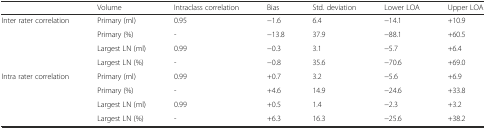
<table><thead><tr><td></td><td><b>Volume</b></td><td><b>Intraclass correlation</b></td><td><b>Bias</b></td><td><b>Std. deviation</b></td><td><b>Lower LOA</b></td><td><b>Upper LOA</b></td></tr></thead><tbody><tr><td rowspan="4">Inter rater correlation</td><td>Primary (ml)</td><td>0.95</td><td>−1.6</td><td>6.4</td><td>−14.1</td><td>+10.9</td></tr><tr><td>Primary (%)</td><td>-</td><td>−13.8</td><td>37.9</td><td>−88.1</td><td>+60.5</td></tr><tr><td>Largest LN (ml)</td><td>0.99</td><td>−0.3</td><td>3.1</td><td>−5.7</td><td>+6.4</td></tr><tr><td>Largest LN (%)</td><td>-</td><td>−0.8</td><td>35.6</td><td>−70.6</td><td>+69.0</td></tr><tr><td rowspan="4">Intra rater correlation</td><td>Primary (ml)</td><td>0.99</td><td>+0.7</td><td>3.2</td><td>−5.6</td><td>+6.9</td></tr><tr><td>Primary (%)</td><td>-</td><td>+4.6</td><td>14.9</td><td>−24.6</td><td>+33.8</td></tr><tr><td>Largest LN (ml)</td><td>0.99</td><td>+0.5</td><td>1.4</td><td>−2.3</td><td>+3.2</td></tr><tr><td>Largest LN (%)</td><td>-</td><td>+6.3</td><td>16.3</td><td>−25.6</td><td>+38.2</td></tr></tbody></table>